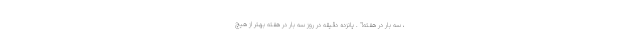
، سه بار در هفته!" . پانزده دقیقه در روز سه بار در هفته بهتر از هیچ